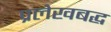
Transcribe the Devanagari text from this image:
प्रलेखबद्ध